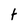
Character: t